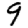
Digit: 9